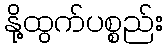
နို့ထွက်ပစ္စည်း